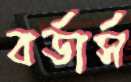
বর্ডার্স